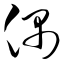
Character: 偶